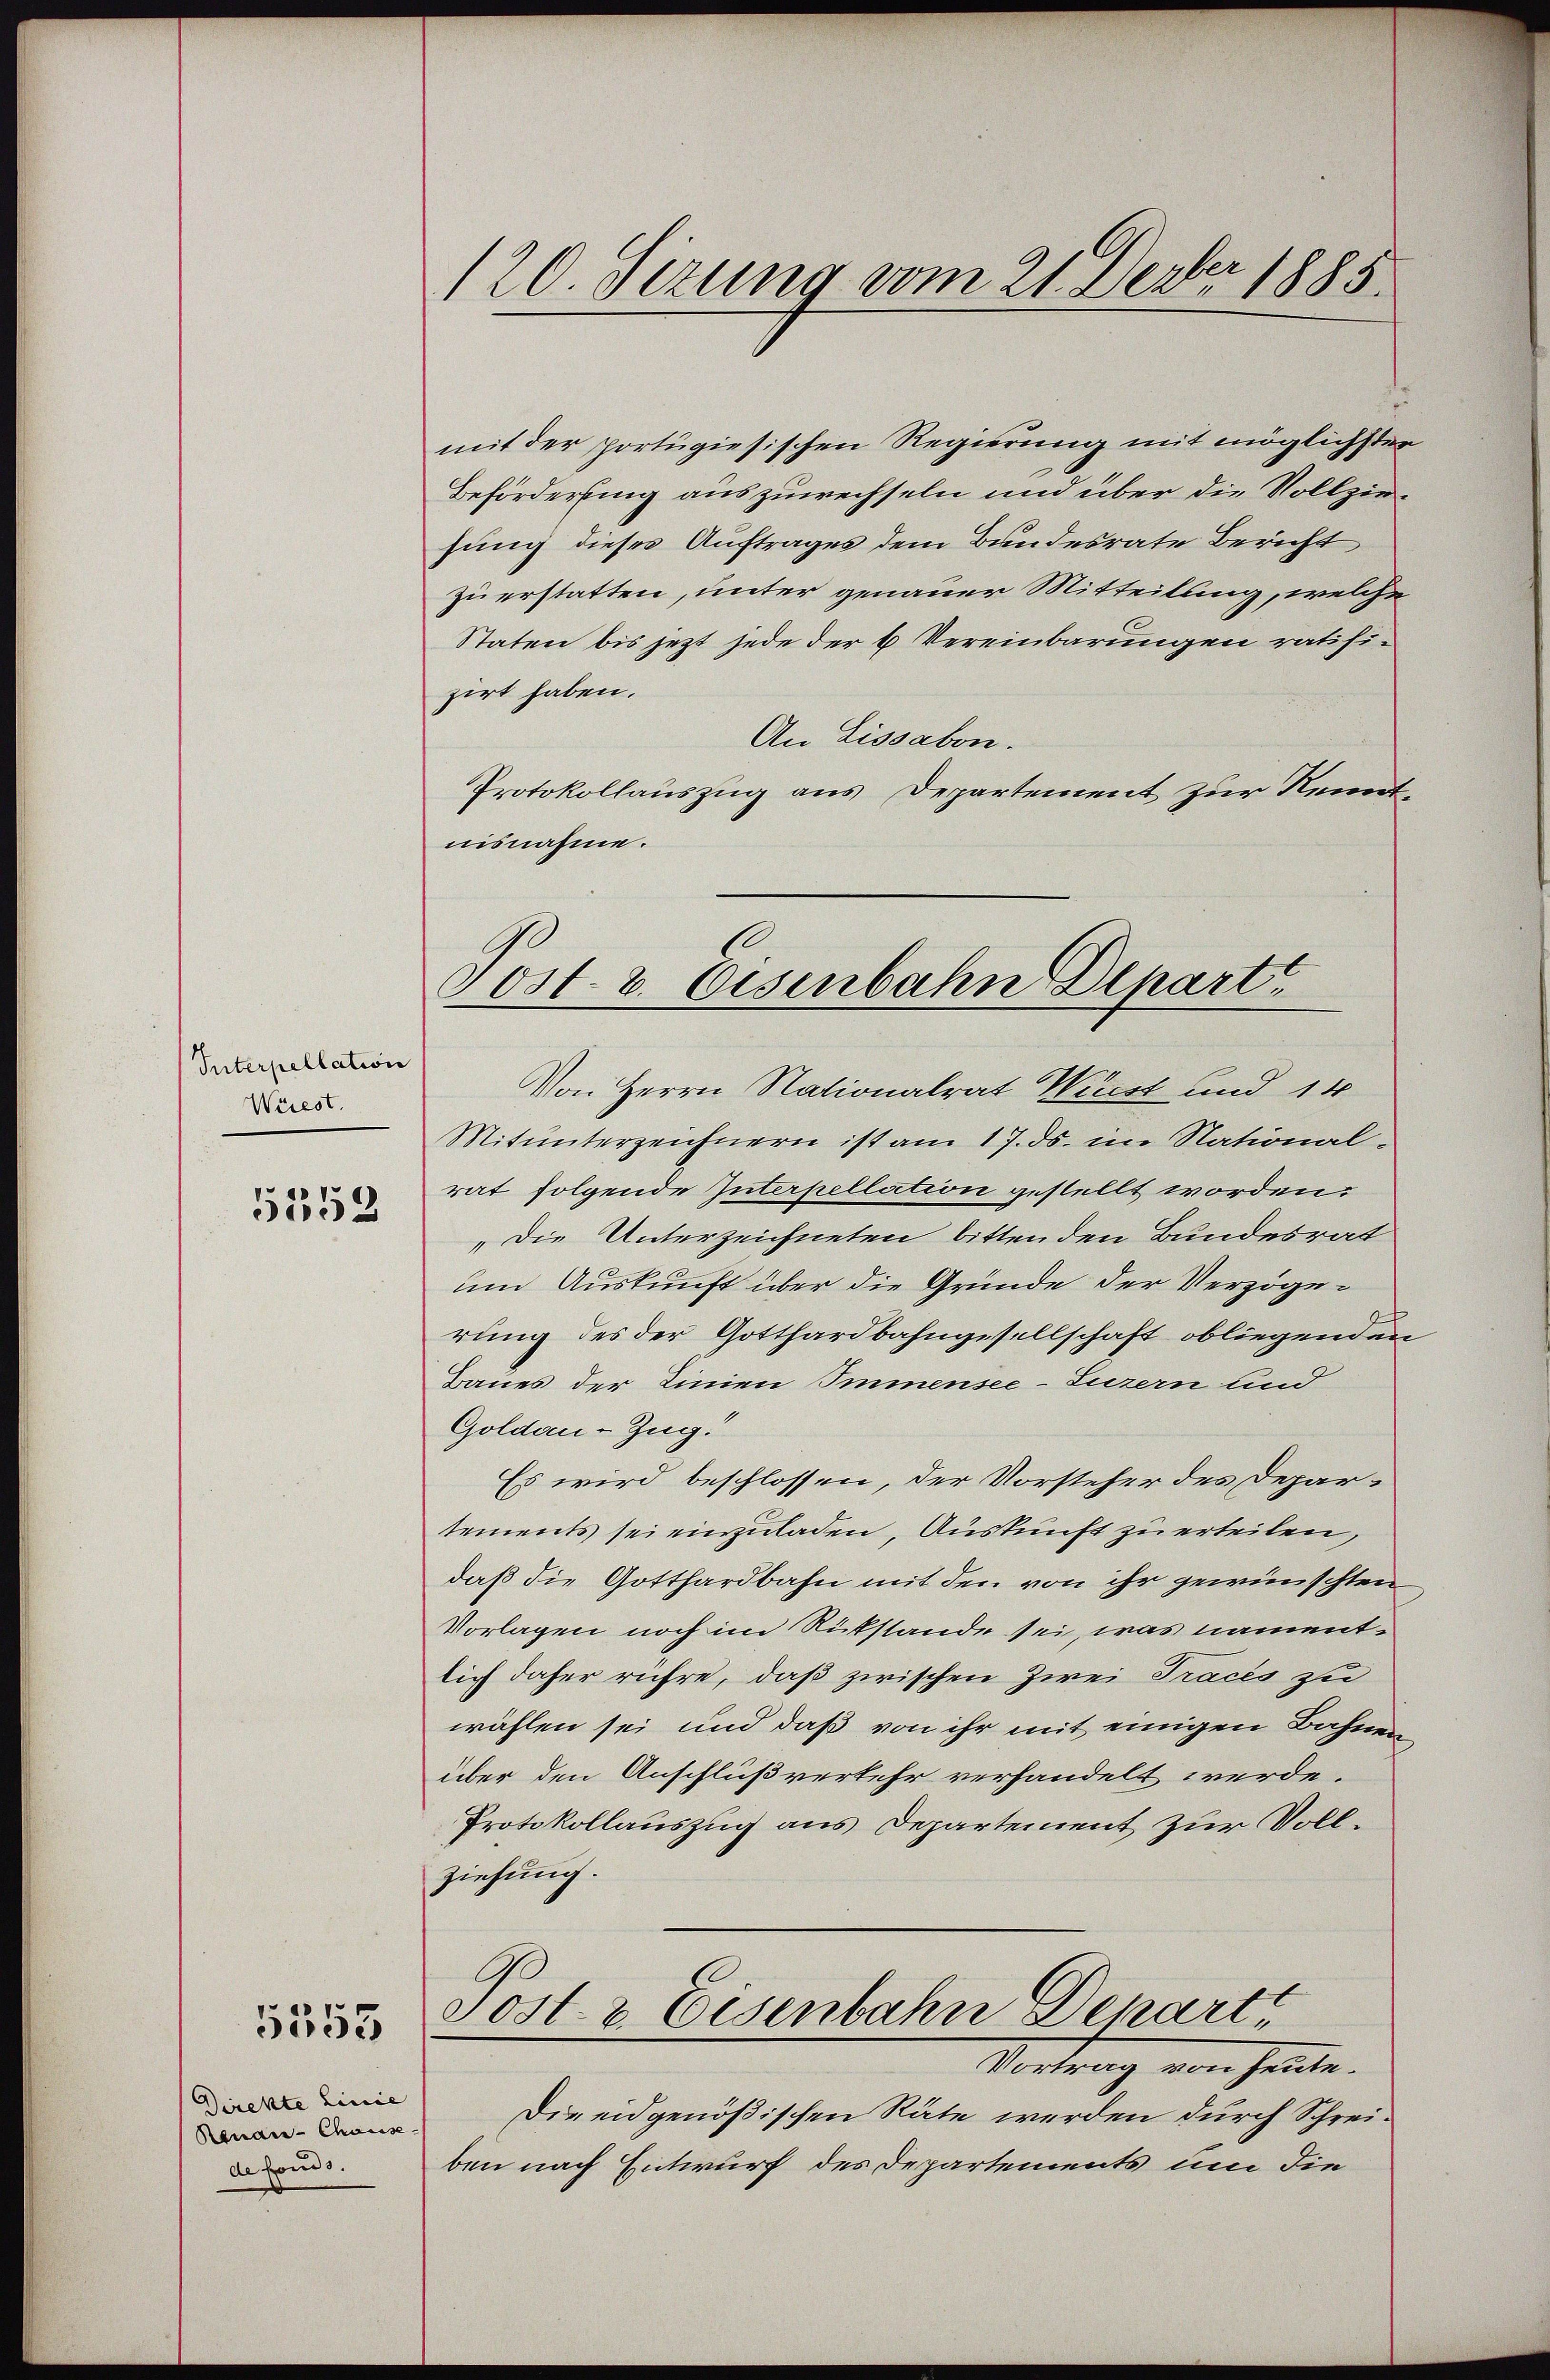
Vnterpellation
Wiiest.

5552

5553

Direkte Linie
Renann-Chause
de fonds.

120. Sezung vom 21. Dezbr 1885.

mit der portugiesischen Regierung mit möglichsten
Beförderung auszuwechseln und über die Vollziesung dieses Auftrages dem Bundesrate Bericht
zu erstatten, unter genauer Mitteilung, welche
Staten bis jetzt jede der 6 Vereinbarungen ratifizirt haben.
An Lissabon.
Protokollauszug aus Departement zur Kenntnisnahme.
Von Herrn Nationalrat Wirst und 14
Mitunterzeichnern ist am 17. ds. im National-
rat folgende Interpellation gestellt worden.
„Die Unterzeichneten bitten den Bundesrat
um Auskunft über die Gründe der Verzögerung des der Gotthardbahngesellschaft obliegenden
Baues der Linien Immensee-Luzern und
Goldau-Zug.
Es wird beschlossen, der Vorsteher des Departements sei einzuladen, Auskunft zu erteilen,
daß die Gotthardbahn mit den von ihr gewünschten
Vorlagen noch im Rükstande sei, was namentlich daher rühre, daß zwischen Zwei Tracés zu
wählen sei und daß von ihr mit einigen Bahnen
über den Anschlußverkehr verhandelt werde.
Protokollauszug aus Departement zur Vollziehung.
Post. v. Eisenbahn Departe
Vortrag von heute.
Die eidgenößischen Räte werden durch Schreiben nach Entwurf des Departements um die

6.
Post- 2. Eisenbahn Depart